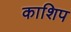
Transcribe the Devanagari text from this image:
काशिप